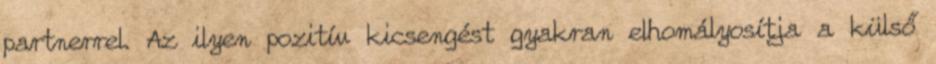
partnerrel. Az ilyen pozitív kicsengést gyakran elhomályosítja a külső